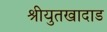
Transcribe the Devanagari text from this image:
श्रीयुतखादाड